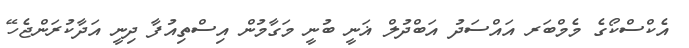
އެކްސްކޯގެ މެމްބަރ އައްސަދު އަބްދުލް ޣަނީ ބުނީ މަގާމުން އިސްތިއުފާ ދިނީ އަދާކުރަންޖެހޭ